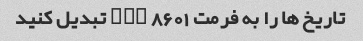
تاریخ ها را به فرمت ISO 8601 تبدیل کنید